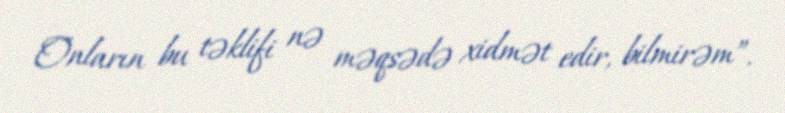
Onların bu təklifi nə məqsədə xidmət edir, bilmirəm”.